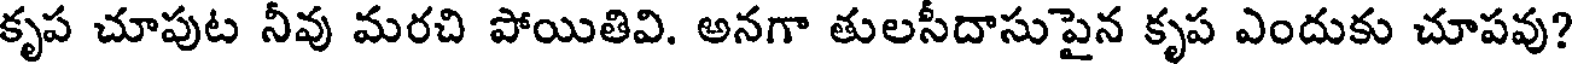
కృప చూపుట నీవు మరచి పోయితివి. అనగా తులసీదాసుపైన కృప ఎందుకు చూపవు?